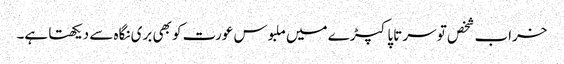
خراب شخص تو سر تاپا کپڑے میں ملبوس عورت کو بھی بری نگاہ سے دیکھتا ہے۔